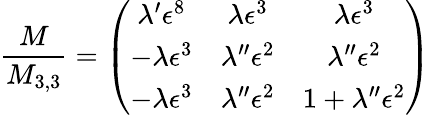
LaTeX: \frac{M}{M_{3,3}}=\left(\begin{array}{ccc}{{\lambda^{\prime}\epsilon^{8}}}&{{\lambda\epsilon^{3}}}&{{\lambda\epsilon^{3}}}\\ {{-\lambda\epsilon^{3}}}&{{\lambda^{\prime\prime}\epsilon^{2}}}&{{\lambda^{\prime\prime}\epsilon^{2}}}\\ {{-\lambda\epsilon^{3}}}&{{\lambda^{\prime\prime}\epsilon^{2}}}&{{1+\lambda^{\prime\prime}\epsilon^{2}}}\end{array}\right)